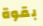
بقوة